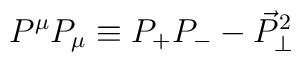
P^{\mu }P_{\mu }\equiv P_{+}P_{-}-\vec{P}_{\perp }^{2}